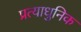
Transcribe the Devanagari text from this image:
प्रत्याधुनिक